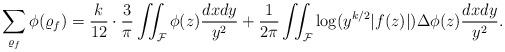
LaTeX: \begin{align*} \sum_{\varrho_f} \phi(\varrho_f)=\frac{k}{12} \cdot \frac{3}{\pi} \iint_{\mathcal F} \phi(z) \frac{dx dy}{y^2}+\frac{1}{2\pi} \iint_{\mathcal F} \log (y^{k/2} |f(z)|) \Delta \phi(z) \frac{dx dy}{y^2}.\end{align*}